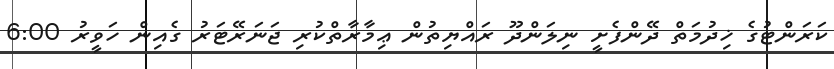
ކަރަންޓުގެ ޚިދުމަތް ދޭންފެށީ ނިލަންދޫ ރައްޔިތުން ޢިމާރާތްކުރި ޖަނަރޭޓަރު ގެއިން ހަވީރު 6:00